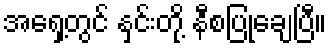
အရှေ့တွင် နှင်းတို့ နီစပြုချေပြီ။